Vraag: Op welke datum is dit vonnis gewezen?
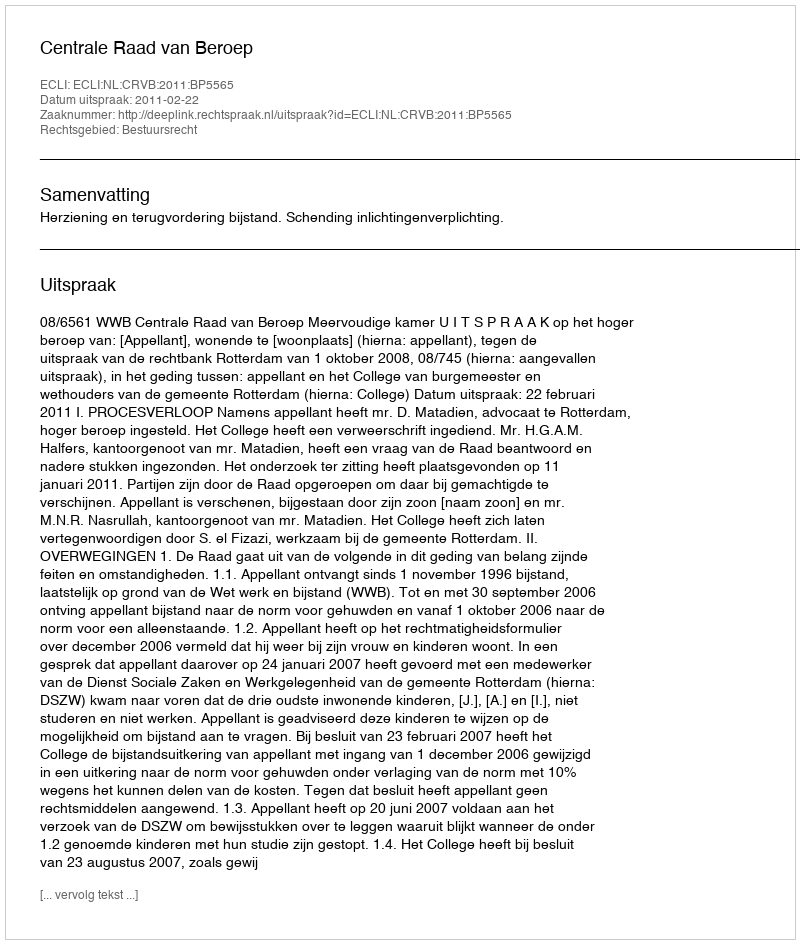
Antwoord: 2011-02-22